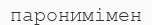
паронимімен